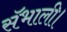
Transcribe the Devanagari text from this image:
सॅभाली।